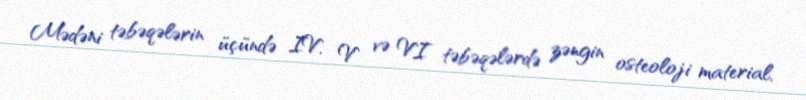
Mədəni təbəqələrin üçündə IV, V və VI təbəqələrdə zəngin osteoloji material,